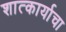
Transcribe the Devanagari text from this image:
शात्कार्याचा